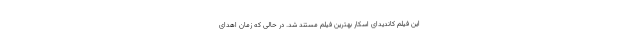
این فیلم کاندیدای اسکار بهترین فیلم مستند شد. در حالی که زمان اهدای